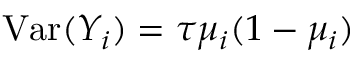
\operatorname { V a r } ( Y _ { i } ) = \tau \mu _ { i } ( 1 - \mu _ { i } ) \,